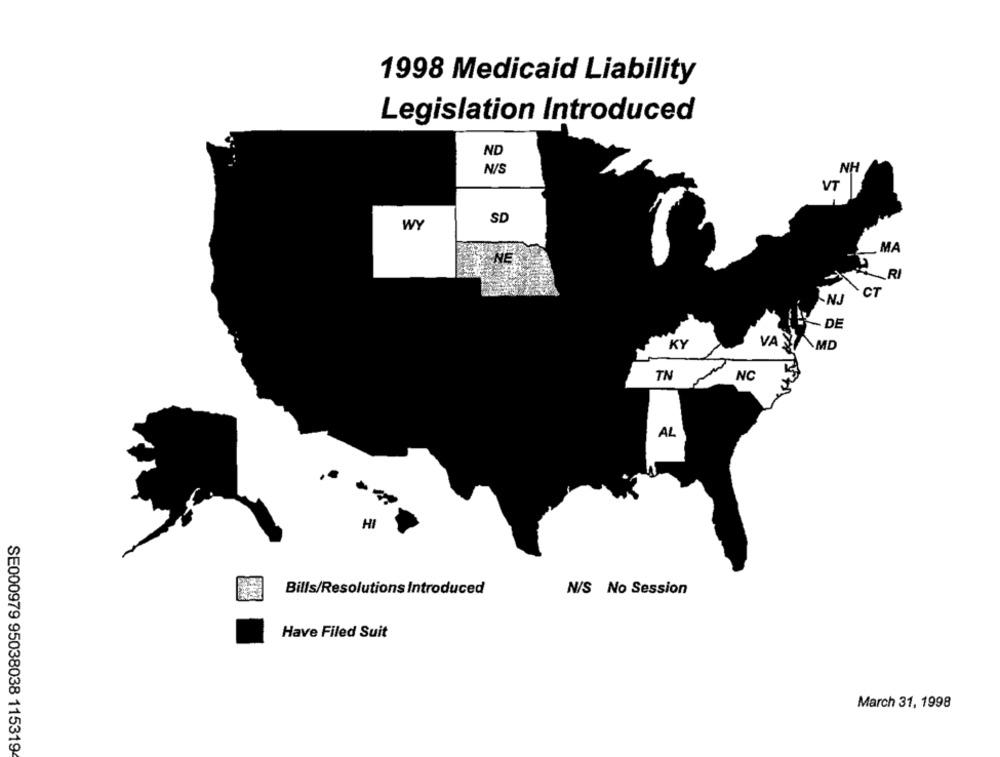
1998 Medicaid Liability
Legislation Introduced
ND
N/S
NH
VT
SD
WY
MA
NE
RI
CT
KNJ
- DE
KY
VAMD
TN
NC
AL
HI
Bills/Resolutions Introduced
N/S No Session
Have Filed Suit
March 31, 1998
SE000979 95038038 115319